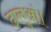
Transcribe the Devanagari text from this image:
ढालुआं।